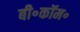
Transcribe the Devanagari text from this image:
बी॰कॉम॰